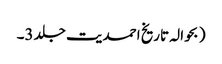
( بحوالہ تاریخ احمدیت جلد 3۔